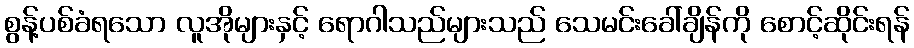
စွန့်ပစ်ခံရသော လူအိုများနှင့် ရောဂါသည်များသည် သေမင်းခေါ်ချိန်ကို စောင့်ဆိုင်းရန်